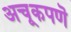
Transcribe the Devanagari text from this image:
अचूकपणॆ